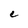
Character: C